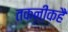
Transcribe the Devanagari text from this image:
तकनीकहै